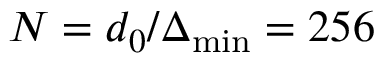
N = d _ { 0 } / \Delta _ { \operatorname* { m i n } } = 2 5 6